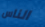
الناس